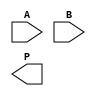
module wallace_tree_multiplier #(parameter N = 4) (
    input [N-1:0] A, 
    input [N-1:0] B, 
    output [2*N-1:0] P
);

    wire [N-1:0] pp [N-1:0]; // Partial products
    wire [N-1:0] sum [N-1:0]; // Sums from CSA
    wire [N-1:0] carry [N-1:0]; // Carries from CSA

    // Generate partial products
    genvar i, j;
    generate
        for (i = 0; i < N; i = i + 1) begin : pp_gen
            for (j = 0; j < N; j = j + 1) begin : pp_row
                assign pp[i][j] = A[i] & B[j];
            end
        end
    endgenerate

    // Wallace Tree Reduction using 3-to-2 CSAs
    // Stage 1
    wire [N-1:0] stage1_sum [N/3:0];
    wire [N-1:0] stage1_carry [N/3:0];
    
    generate
        for (i = 0; i < N; i = i + 3) begin : stage1
            if (i + 2 < N) begin
                // 3-to-2 CSA
                assign {stage1_carry[i/3], stage1_sum[i/3]} = pp[i] + pp[i+1] + pp[i+2];
            end else if (i + 1 < N) begin
                // 2-to-1 addition for the last two
                assign {stage1_carry[i/3], stage1_sum[i/3]} = pp[i] + pp[i+1];
            end else begin
                // Single partial product
                assign stage1_sum[i/3] = pp[i];
                assign stage1_carry[i/3] = 0;
            end
        end
    endgenerate

    // Stage 2
    wire [N-1:0] stage2_sum [N/6:0];
    wire [N-1:0] stage2_carry [N/6:0];

    generate
        for (i = 0; i < (N + 2) / 3; i = i + 3) begin : stage2
            if (i + 2 < (N + 2) / 3) begin
                assign {stage2_carry[i/3], stage2_sum[i/3]} = stage1_sum[i] + stage1_sum[i+1] + stage1_sum[i+2];
            end else if (i + 1 < (N + 2) / 3) begin
                assign {stage2_carry[i/3], stage2_sum[i/3]} = stage1_sum[i] + stage1_sum[i+1];
            end else begin
                assign stage2_sum[i/3] = stage1_sum[i];
                assign stage2_carry[i/3] = 0;
            end
        end
    endgenerate

    // Final Addition
    wire [2*N-1:0] final_sum;
    wire [2*N-1:0] final_carry;

    assign final_sum = {stage2_sum[0], 1'b0} + {stage2_carry[0], 1'b0};

    generate
        for (i = 1; i < (N + 2) / 3; i = i + 1) begin : final_addition
            assign final_sum = final_sum + {stage2_sum[i], 1'b0};
            assign final_carry = final_carry + {stage2_carry[i], 1'b0};
        end
    endgenerate

    // Final product
    assign P = final_sum + final_carry;

endmodule